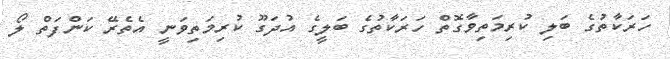
ހަރަކާތުގެ ބަލި ކުރިމަތިވާގޮތް ހަރަކާތުގެ ބަލީގެ އުދަގޫ ކުރިމަތިވަނީ އެތެރޭ ކަންފަތް ލޯ